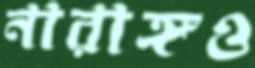
নারাঙ্গও